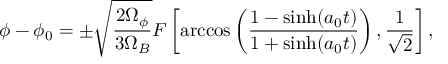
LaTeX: \phi - \phi _ { 0 } = \pm \sqrt { \frac { 2 \Omega _ { \phi } } { 3 \Omega _ { B } } } F \left[ \operatorname { a r c c o s } \left( \frac { 1 - \sinh ( a _ { 0 } t ) } { 1 + \sinh ( a _ { 0 } t ) } \right) , \frac { 1 } { \sqrt { 2 } } \right] ,